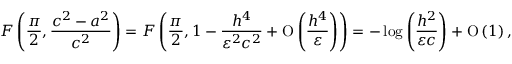
F \left( \frac { \pi } { 2 } , \frac { c ^ { 2 } - a ^ { 2 } } { c ^ { 2 } } \right) = F \left( \frac { \pi } { 2 } , 1 - \frac { h ^ { 4 } } { \varepsilon ^ { 2 } c ^ { 2 } } + \ensuremath { \operatorname { O } \left( \frac { h ^ { 4 } } { \varepsilon } \right) } \right) = - \log { \left( \frac { h ^ { 2 } } { \varepsilon c } \right) } + \ensuremath { \operatorname { O } \left( 1 \right) } ,